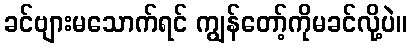
ခင်ဗျားမသောက်ရင် ကျွန်တော့်ကိုမခင်လို့ပဲ။